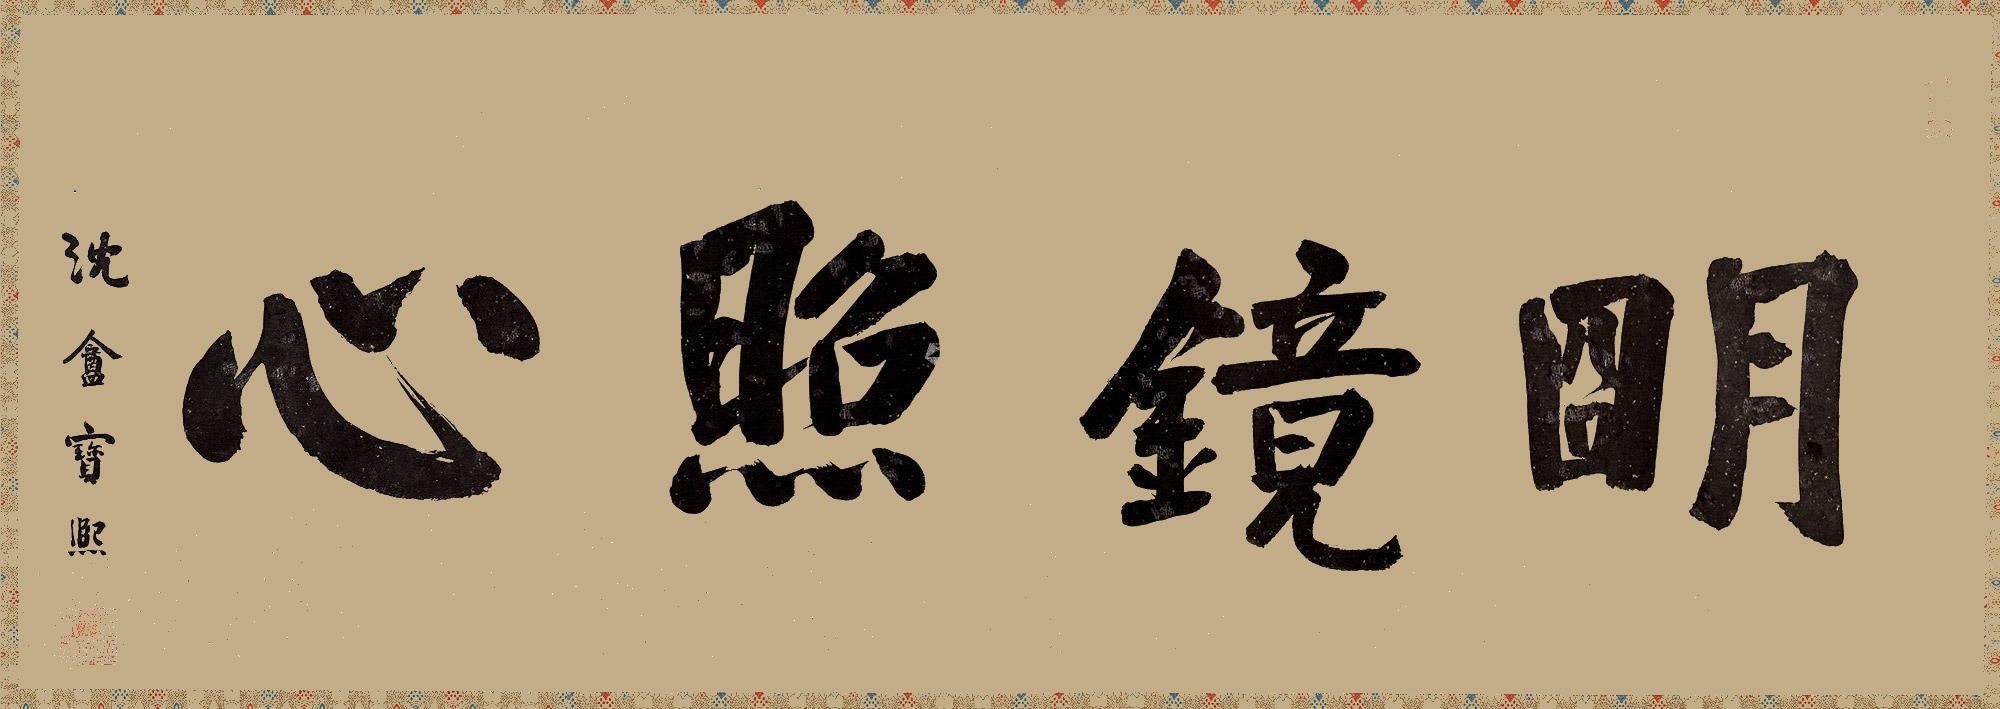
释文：明镜照心沈盦宝熙。